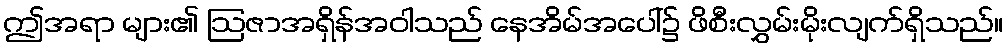
ဤအရာ များ၏ ဩဇာအရှိန်အဝါသည် နေအိမ်အပေါ်၌ ဖိစီးလွှမ်းမိုးလျက်ရှိသည်။